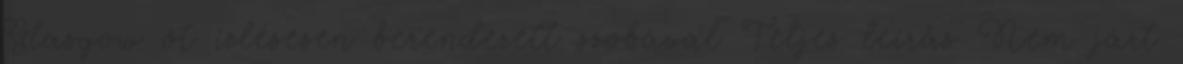
Glasgow öt ízlésesen berendezett szobával Teljes leírás Nem járt